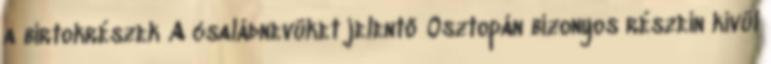
a birtokrészek A családnevüket jelentő Osztopán bizonyos részein kívül